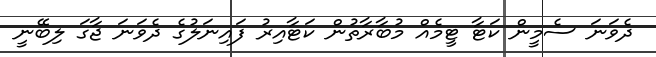
ދެވަނަ ސެމީން ކަޓާ ޓީމެއް މުބާރާތުން ކަޓާއިރު ފައިނަލުގެ ދެވަނަ ޖާގަ ލިބޭނީ